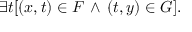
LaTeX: \exists t [ ( x , t ) \in F \, \land \, ( t , y ) \in G ] .